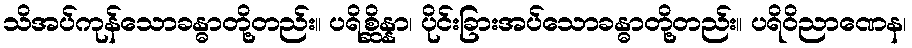
သိအပ်ကုန်သောခန္ဓာတို့တည်း။ ပရိစ္ဆိန္နာ၊ ပိုင်းခြားအပ်သောခန္ဓာတို့တည်း။ ပရိဝိညာဏေန၊